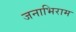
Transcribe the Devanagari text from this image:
जनाभिराम